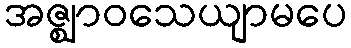
အဇ္ဈာဝသေယျာမပေ